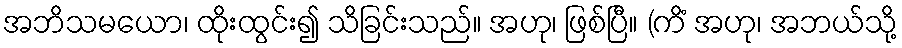
အဘိသမယော၊ ထိုးထွင်း၍ သိခြင်းသည်။ အဟု၊ ဖြစ်ပြီ။ (ကိံ အဟု၊ အဘယ်သို့